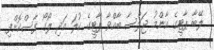
ލޭބާ ޕާޓީގެ އާންމު ޖަލްސާ ބާއްވާ ޕާޓީގެ ކުލަ އަދި ލޯގޯ ފާސްކޮށްފި